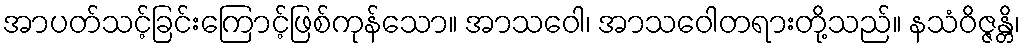
အာပတ်သင့်ခြင်းကြောင့်ဖြစ်ကုန်သော။ အာသဝေါ၊ အာသဝေါတရားတို့သည်။ နသံဝိဇ္ဇန္တိ၊